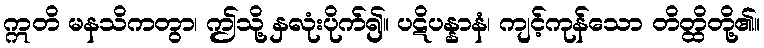
ဣတိ မနသိကတွာ၊ ဤသို့ နှလုံးပိုက်၍။ ပဋိပန္နာနံ၊ ကျင့်ကုန်သော တိတ္ထိတို့၏။